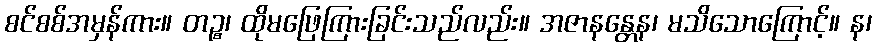
စင်စစ်အမှန်ကား။ တဉ္စ၊ ထိုမဖြေကြားခြင်းသည်လည်း။ အဇာနန္တေန၊ မသိသောကြောင့်။ န၊